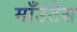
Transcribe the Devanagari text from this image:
माँउंटेंस